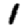
Digit: 1